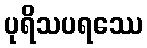
ပုရိသပရဿေ